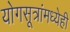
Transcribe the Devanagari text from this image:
योगसूत्रांमध्येही